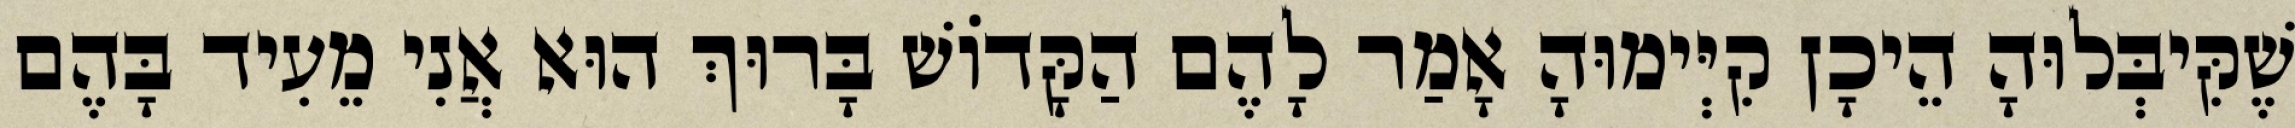
שֶׁקִּיבְּלוּהָ הֵיכָן קִיְּימוּהָ אָמַר לָהֶם הַקָּדוֹשׁ בָּרוּךְ הוּא אֲנִי מֵעִיד בָּהֶם